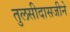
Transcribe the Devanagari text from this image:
तुलसीदासजीने